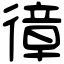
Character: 𢕔